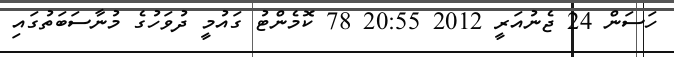
ހަސަން 24 ޖެނުއަރީ 2012 20:55 78 ކޮމެންޓު ގައުމީ ދުވަހުގެ މުނާސަބަތުގައި